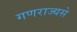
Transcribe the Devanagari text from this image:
गणराज्यसे